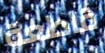
قاطعة